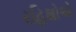
રહિશોએ